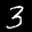
Digit: 3